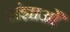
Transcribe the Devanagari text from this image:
संज्ञाओें